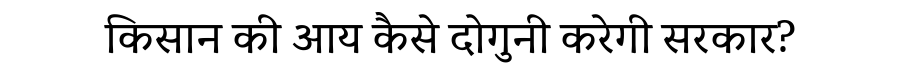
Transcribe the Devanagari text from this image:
किसान की आय कैसे दोगुनी करेगी सरकार?